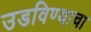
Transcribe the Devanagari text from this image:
उडविण्याचा